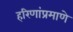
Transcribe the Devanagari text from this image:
हरिणांप्रमाणे